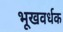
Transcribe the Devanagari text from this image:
भूखवर्धक